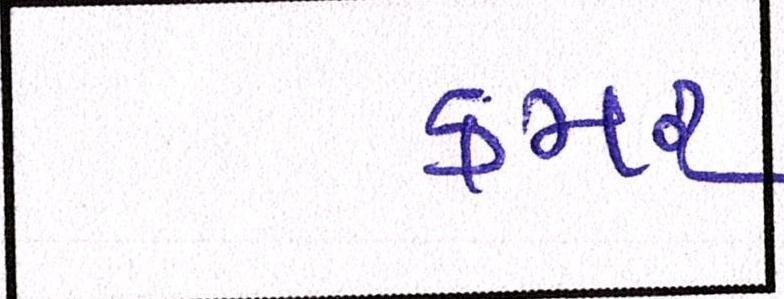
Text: કમર